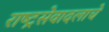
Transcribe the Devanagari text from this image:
राष्ट्रसेवादलाचे